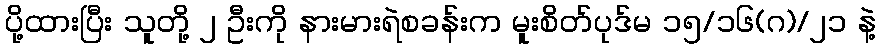
ပို့ထားပြီး သူတို့ ၂ ဦးကို နားမားရဲစခန်းက မူးစိတ်ပုဒ်မ ၁၅/၁၆(ဂ)/၂၁ နဲ့